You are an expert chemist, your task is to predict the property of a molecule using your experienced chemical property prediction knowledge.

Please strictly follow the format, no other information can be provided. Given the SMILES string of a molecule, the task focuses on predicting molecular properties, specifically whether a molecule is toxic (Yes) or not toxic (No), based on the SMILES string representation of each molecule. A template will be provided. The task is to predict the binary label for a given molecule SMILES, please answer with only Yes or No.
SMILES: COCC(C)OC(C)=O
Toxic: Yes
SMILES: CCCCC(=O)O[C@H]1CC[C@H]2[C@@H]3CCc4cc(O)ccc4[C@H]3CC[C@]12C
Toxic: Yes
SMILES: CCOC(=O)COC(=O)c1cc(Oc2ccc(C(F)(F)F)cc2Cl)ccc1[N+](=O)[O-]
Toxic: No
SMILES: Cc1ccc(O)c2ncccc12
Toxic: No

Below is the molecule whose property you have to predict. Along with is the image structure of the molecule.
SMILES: CCOC(=O)N1CCC(Nc2ccc(Cl)cc2N)CC1
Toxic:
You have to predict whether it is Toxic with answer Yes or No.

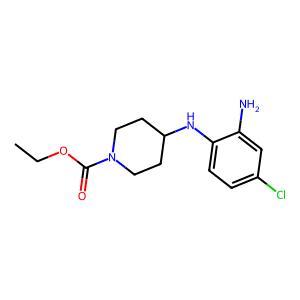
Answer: No